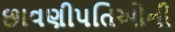
છાવણીપતિઓની